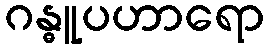
ဂန္ဓူပဟာရော